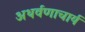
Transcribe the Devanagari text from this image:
अथर्वणाचार्य